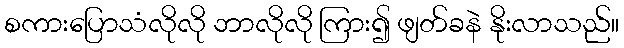
စကားပြောသံလိုလို ဘာလိုလို ကြား၍ ဖျတ်ခနဲ နိုးလာသည်။